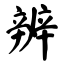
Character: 辨